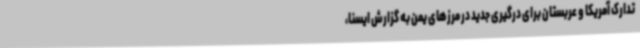
تدارک آمریکا و عربستان برای درگیری جدید در مرزهای یمن به گزارش ایسنا،